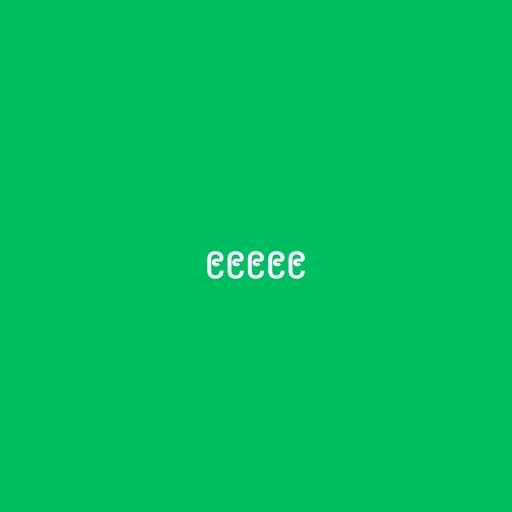
၉၉၉၉၉